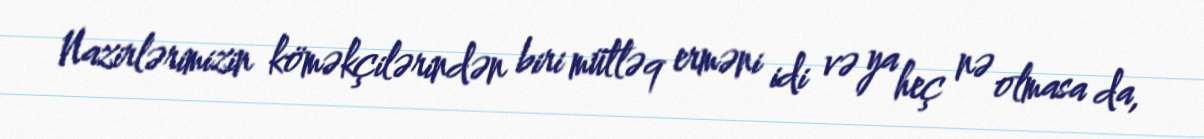
Nazirlərimizin köməkçilərindən biri mütləq erməni idi və ya heç nə olmasa da,